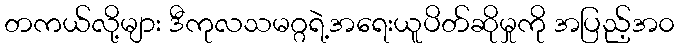
တကယ်လို့များ ဒီကုလသမဂ္ဂရဲ့အရေးယူပိတ်ဆိုမှုကို အပြည့်အ၀